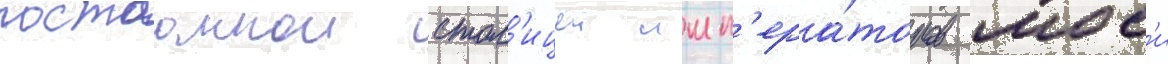
постоаннои стол'ицеи имп'ера́торов мос'и